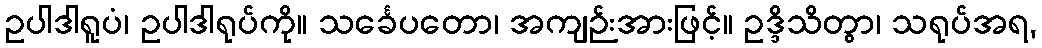
ဥပါဒါရူပံ၊ ဥပါဒါရုပ်ကို။ သင်္ခေပတော၊ အကျဉ်းအားဖြင့်။ ဥဒ္ဒိသိတွာ၊ သရုပ်အရ,